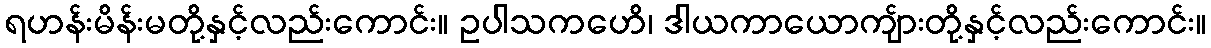
ရဟန်းမိန်းမတို့နှင့်လည်းကောင်း။ ဥပါသကဟေိ၊ ဒါယကာယောကျ်ားတို့နှင့်လည်းကောင်း။